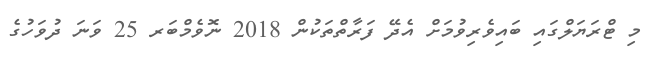
މި ޓްރަޔަލްގައި ބައިވެރިވުމަށް އެދޭ ފަރާތްތަކުން 2018 ނޮވެމްބަރ 25 ވަނަ ދުވަހުގެ